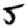
Digit: 5